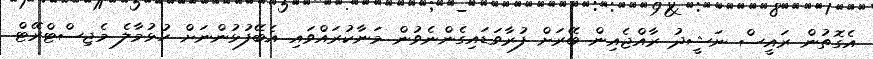
އެގޮތުން ރައީސް ނަޝީދު ރާއްޖެއިން ބޭރަށް ފުރާވަޑައިގެންނެވުން މަނާކުރައްވައި އެބޭފުޅުންނަށް ހުޅުމާލެ މެޖިސްޓްރޭޓް